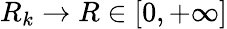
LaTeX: R_{k}\to R\in[0,+\infty]